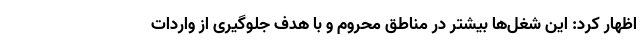
اظهار کرد: این شغل‌ها بیشتر در مناطق محروم و با هدف جلوگیری از واردات